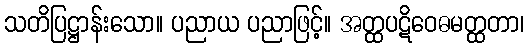
သတိပြဋ္ဌာန်းသော။ ပညာယ ပညာဖြင့်။ အတ္ထပဋိဝေဓမတ္ထတာ၊